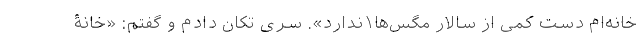
خانه‌ام دست کمی از سالار مگس‌ها۱ندارد». سری تکان دادم و گفتم: «خانۀ